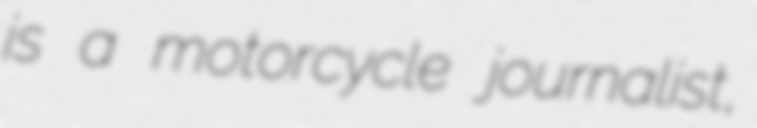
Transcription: is a motorcycle journalist,